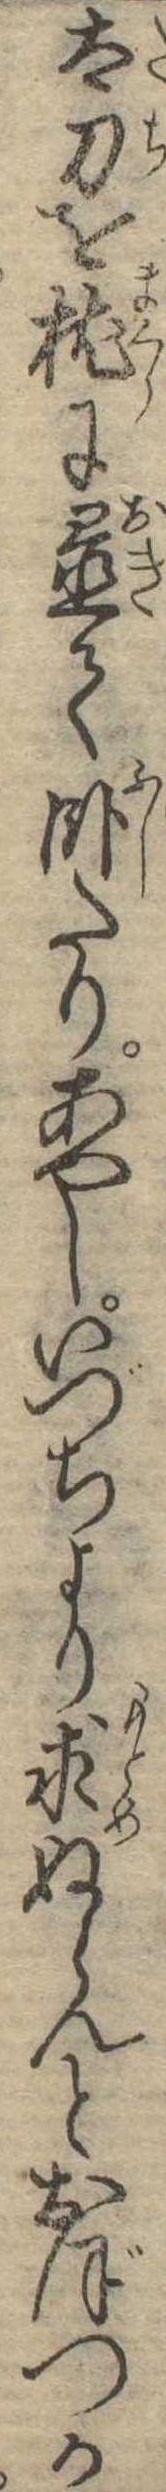
太刀を枕に置て臥たりあやしいづちより求ぬらんとおぼつか